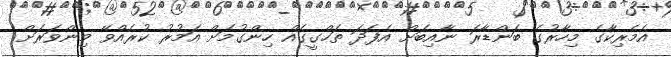
އެމެރިކާގެ މިހާރުގެ ބަންޑާރަ ނާއިބަށް އެފަދަ ތަހްގީގެއް ހިންގުމަށް އަމުރު ކުރެއްވޭ މިންވަރަށް